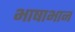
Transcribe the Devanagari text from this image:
भाषाभान